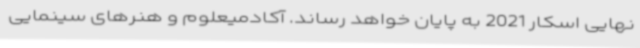
نهایی اسکار 2021 به پایان خواهد رساند. آکادمیعلوم و هنرهای سینمایی